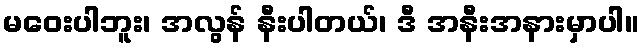
မဝေးပါဘူး၊ အလွန် နီးပါတယ်၊ ဒီ အနီးအနားမှာပါ။